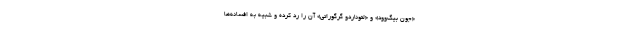
«جون بیگ‌وود» و «لئوناردو گرگوراتی» آن را رد کرده و شبیه به افسانه‌ها